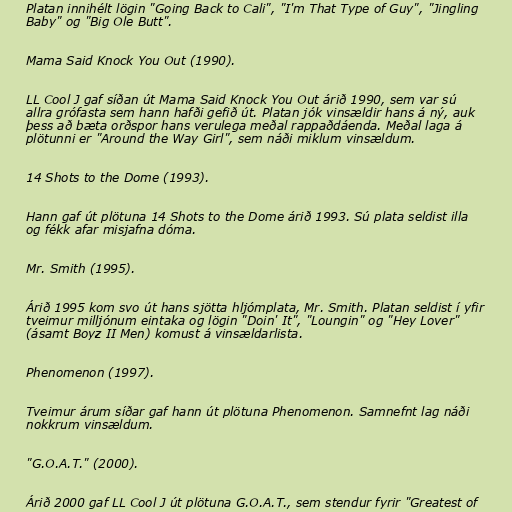
Platan innihélt lögin "Going Back to Cali", "I'm That Type of Guy", "Jingling
Baby" og "Big Ole Butt".

Mama Said Knock You Out (1990).

LL Cool J gaf síðan út Mama Said Knock You Out árið 1990, sem var sú
allra grófasta sem hann hafði gefið út. Platan jók vinsældir hans á ný, auk
þess að bæta orðspor hans verulega meðal rappaðdáenda. Meðal laga á
plötunni er "Around the Way Girl", sem náði miklum vinsældum.

14 Shots to the Dome (1993).

Hann gaf út plötuna 14 Shots to the Dome árið 1993. Sú plata seldist illa
og fékk afar misjafna dóma.

Mr. Smith (1995).

Árið 1995 kom svo út hans sjötta hljómplata, Mr. Smith. Platan seldist í yfir
tveimur milljónum eintaka og lögin "Doin' It", "Loungin" og "Hey Lover"
(ásamt Boyz II Men) komust á vinsældarlista.

Phenomenon (1997).

Tveimur árum síðar gaf hann út plötuna Phenomenon. Samnefnt lag náði
nokkrum vinsældum.

"G.O.A.T." (2000).

Árið 2000 gaf LL Cool J út plötuna G.O.A.T., sem stendur fyrir "Greatest of